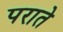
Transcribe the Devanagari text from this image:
पराते